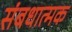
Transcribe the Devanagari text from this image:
संबधात्मक